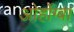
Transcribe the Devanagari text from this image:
ओर्होग्बा